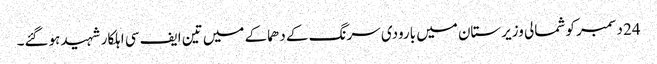
24 دسمبر کو شمالی وزیرستان میں بارودی سرنگ کے دھماکے میں تین ایف سی اہلکار شہید ہوگئے۔